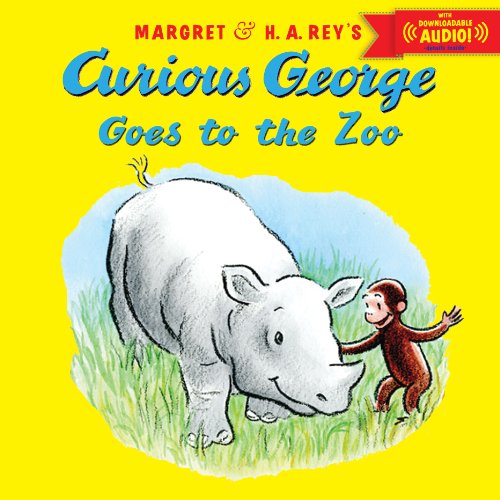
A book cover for Curious George Goes to the Zoo with downloadable audio; H. A. Rey; Children's Books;